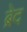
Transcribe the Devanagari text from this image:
ब्रेद